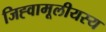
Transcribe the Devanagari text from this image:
जिह्वामूलीयस्य